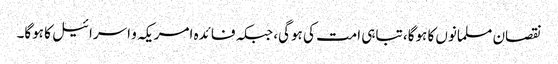
نقصان مسلمانوں کا ہوگا، تباہی امت کی ہوگی، جبکہ فائدہ امریکہ و اسرائیل کا ہوگا۔